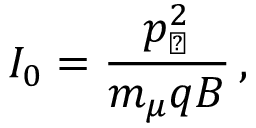
I _ { 0 } = \frac { p _ { \perp } ^ { 2 } } { m _ { \mu } q B } \, ,